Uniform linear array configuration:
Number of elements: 16
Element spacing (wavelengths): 1
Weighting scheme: binomial
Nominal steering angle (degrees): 15
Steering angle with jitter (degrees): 13.65
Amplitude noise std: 0.05
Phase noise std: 0.05

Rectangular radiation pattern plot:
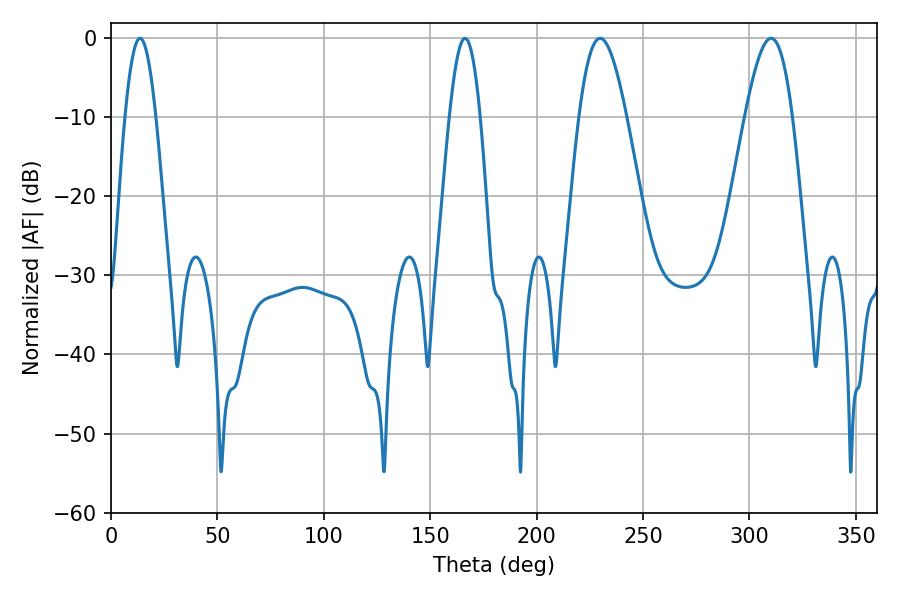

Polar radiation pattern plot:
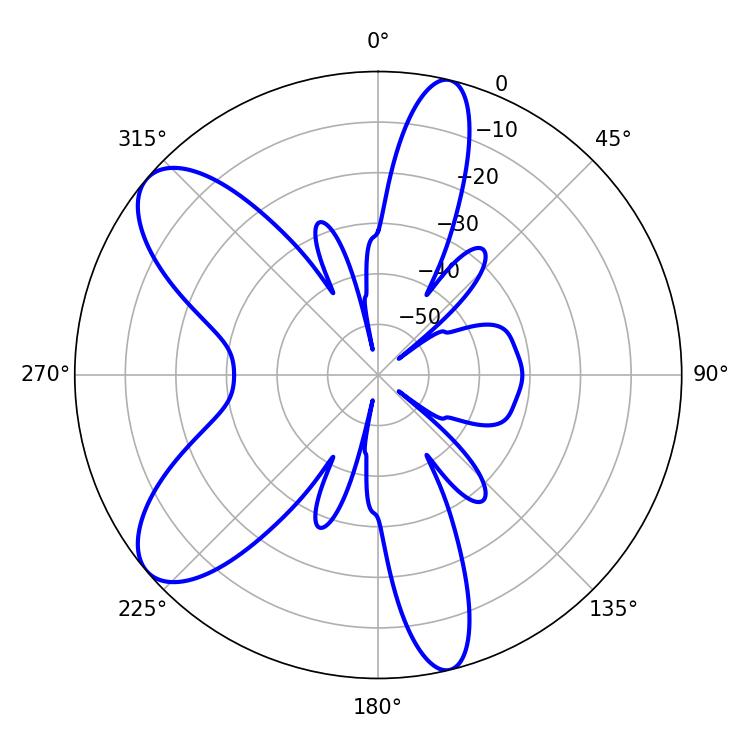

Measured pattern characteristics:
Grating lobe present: TRUE
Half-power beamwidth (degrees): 11.88
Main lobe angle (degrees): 229.86